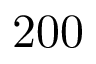
2 0 0